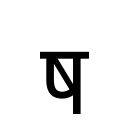
OCR:
ष